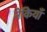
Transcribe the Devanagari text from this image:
नेकियाँ